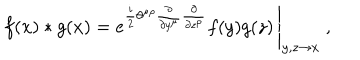
LaTeX: f ( x ) \ast g ( x ) = \left. e ^ { \frac { i } { 2 } \theta ^ { \mu \rho } \frac { \partial } { \partial y ^ { \mu } } \frac { \partial } { \partial z ^ { \rho } } } f ( y ) g ( z ) \, \right| _ { y , z \to x } ~ ,